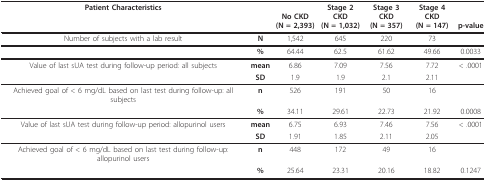
<table><thead><tr><td><b>Patient Characteristics</b></td><td></td><td><b>No CKD(N = 2,393)</b></td><td><b>Stage 2 CKD(N = 1,032)</b></td><td><b>Stage 3 CKD(N = 357)</b></td><td><b>Stage 4 CKD(N = 147)</b></td><td><b>p-value</b></td></tr></thead><tbody><tr><td>Number of subjects with a lab result</td><td><b>N</b></td><td>1,542</td><td>645</td><td>220</td><td>73</td><td></td></tr><tr><td></td><td><b>%</b></td><td>64.44</td><td>62.5</td><td>61.62</td><td>49.66</td><td>0.0033</td></tr><tr><td>Value of last sUA test during follow-up period: all subjects</td><td><b>mean</b></td><td>6.86</td><td>7.09</td><td>7.56</td><td>7.72</td><td>&lt; .0001</td></tr><tr><td></td><td><b>SD</b></td><td>1.9</td><td>1.9</td><td>2.1</td><td>2.11</td><td></td></tr><tr><td>Achieved goal of &lt; 6 mg/dL based on last test during follow-up: all subjects</td><td><b>n</b></td><td>526</td><td>191</td><td>50</td><td>16</td><td></td></tr><tr><td></td><td><b>%</b></td><td>34.11</td><td>29.61</td><td>22.73</td><td>21.92</td><td>0.0008</td></tr><tr><td>Value of last sUA test during follow-up period: allopurinol users</td><td><b>mean</b></td><td>6.75</td><td>6.93</td><td>7.46</td><td>7.56</td><td>&lt; .0001</td></tr><tr><td></td><td><b>SD</b></td><td>1.91</td><td>1.85</td><td>2.11</td><td>2.05</td><td></td></tr><tr><td>Achieved goal of &lt; 6 mg/dL based on last test during follow-up: allopurinol users</td><td><b>n</b></td><td>448</td><td>172</td><td>49</td><td>16</td><td></td></tr><tr><td></td><td><b>%</b></td><td>25.64</td><td>23.31</td><td>20.16</td><td>18.82</td><td>0.1247</td></tr></tbody></table>